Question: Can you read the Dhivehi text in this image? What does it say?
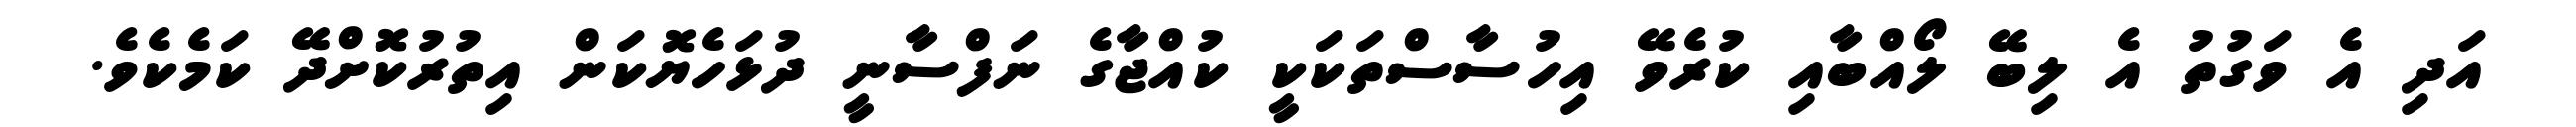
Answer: އަދި އެ ވަގުތު އެ ލިބޭ ލޯއްބާއި ކުރެވޭ އިހުސާސްތަކަކީ ކުއްޖާގެ ނަފްސާނީ ދުޅަހެޔޮކަން އިތުރުކޮށްދޭ ކަމެކެވެ.